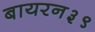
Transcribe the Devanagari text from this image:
बायरन३९